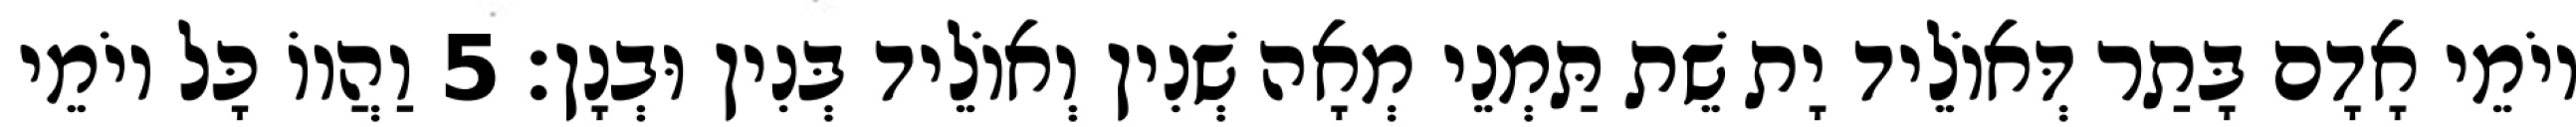
יוֹמֵי אָדָם בָּתַר דְּאוֹלֵיד יָת שֵׁת תַּמְנֵי מְאָה שְׁנִין וְאוֹלֵיד בְּנִין וּבְנָן׃ 5 וַהֲווֹ כָּל יוֹמֵי